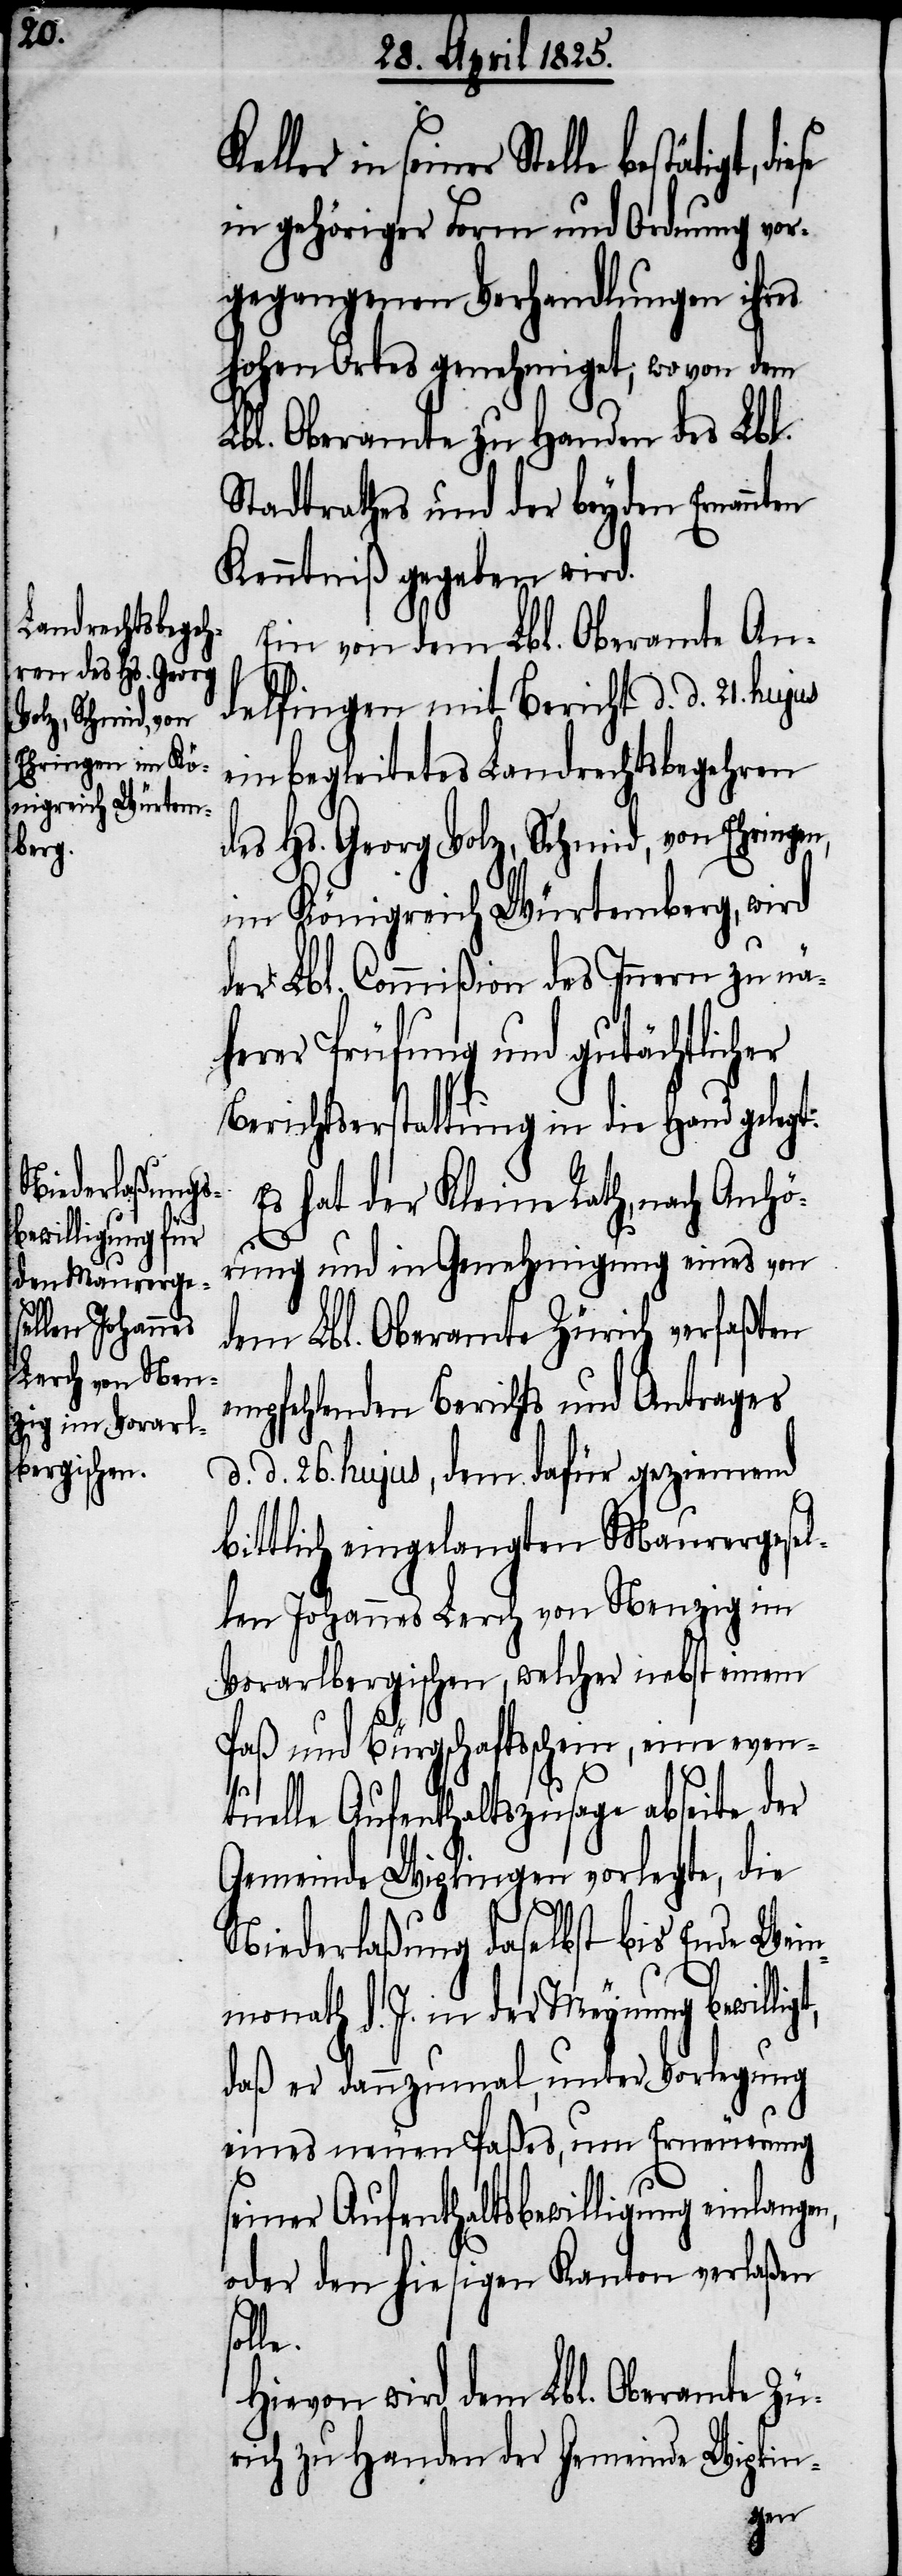
telle bestätigt, diese
in gehöriger Form und Ordnung vor¬
gegangenen Verhandlungen ihres
hohen Ortes genehmigt, wovon dem
Lbl. Oberamte zu Handen des Lbl.
Stadtrathes und der beyden Ernannten
Kenntniß gegeben wird.
Ein von dem Lbl. Oberamte An¬
delfingen mit Bericht d. d. 21.
einbegleitetes Landrechtsbegehren
des Hs. Georg Volz, Schmid, von Ehringen,
im Königreich Würtemberg, wird
der Lbl. Commißion des Innern zu nä¬
herer Prüfung und gutächtlicher
Berichtserstattung in die Hand gelegt.
Es hat der kleine Rath, nach Anhö¬
rung und in Genehmigung eines von
dem Lbl. Oberamte Zürich verfaßten
empfehlenden Berichts und Antrages
d. d. 26. hujus, dem dafür geziemend
bittlich eingelangten Maurergesel¬
len Johannes Lerch von Nenzig im
Vorarlbergischen, welcher nebst einem
Paß und Bürgschaftschein, eine even¬
tuelle Aufenthaltszusage abseite der
Gemeinde Wipkingen vorlegte, die
Niederlaßung daselbst bis Ende Wei¬
nmonath d. J. in der Meynung bewillig¬
daß er dannzumal, unter Vorlegung
eines neuen Paßes, um Erneuerung
seiner Aufenthaltsbewilligung einlan¬
oder den hiesigen Kanton verlaßen
le.
Hievon wird dem Lbl. Oberamte Zü¬
rich zu Handen der Gemeinde Wipkin-
gen,